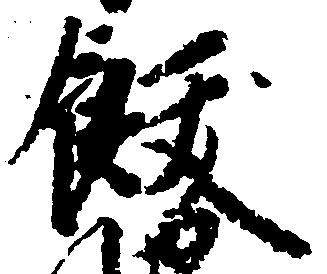
飫